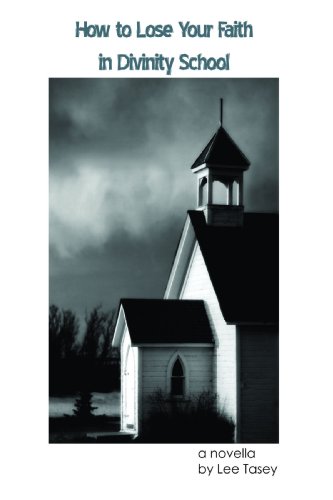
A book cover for How to Lose Your Faith in Divinity School: A Novella; Lee Tasey; Religion & Spirituality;